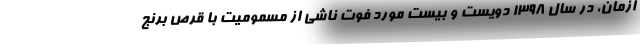
ازمان، در سال ۱۳۹۸ دویست ‌و بیست مورد فوت ناشی از مسمومیت با قرص برنج